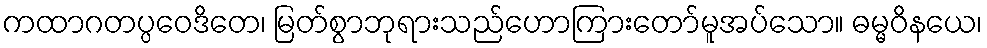
ကထာဂတပ္ပဝေဒိတေ၊ မြတ်စွာဘုရားသည်ဟောကြားတော်မူအပ်သော။ ဓမ္မဝိနယေ၊